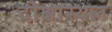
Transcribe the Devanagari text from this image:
दीक्षास्थल